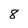
Character: 8